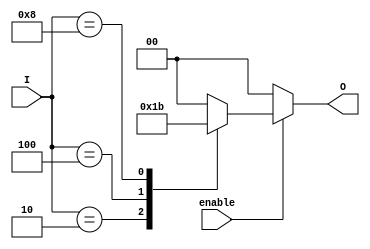
module encoder_1_of_N (
    input wire enable,          // Enable signal
    input wire [3:0] I,        // 4 input lines
    output reg [1:0] O         // 2-bit output for binary encoding
);

    always @(*) begin
        // Default output for invalid states
        O = 2'b00; // Default to 0 when no input is active
        
        if (enable) begin
            case (I)
                4'b0001: O = 2'b00; // I[0] active
                4'b0010: O = 2'b01; // I[1] active
                4'b0100: O = 2'b10; // I[2] active
                4'b1000: O = 2'b11; // I[3] active
                default: O = 2'b00; // Invalid state (more than one active)
            endcase
        end else begin
            O = 2'b00; // If not enabled, output is 0
        end
    end

endmodule